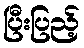
ပြီးပြည့်